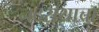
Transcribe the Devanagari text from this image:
नंदरायाचा